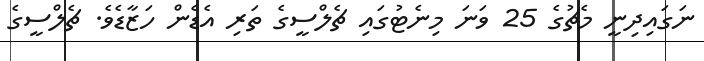
ނަގައިދިނީ މެޗުގެ 25 ވަނަ މިނެޓުގައި ޗެލްސީގެ ތަރި އެޑެން ހަޒާޑެވެ. ޗެލްސީގެ